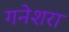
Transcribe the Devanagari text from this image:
गनेशरा